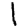
Digit: 1